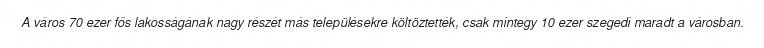
A város 70 ezer fős lakosságának nagy részét más településekre költöztették, csak mintegy 10 ezer szegedi maradt a városban.